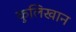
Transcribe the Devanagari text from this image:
कुलिखान